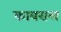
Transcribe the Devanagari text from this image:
काबराल